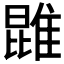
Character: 𨿪